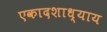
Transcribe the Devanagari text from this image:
एकादशाध्याय